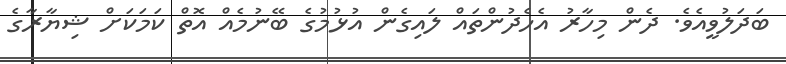
ބަދަލުވީއެވެ. ދެން މިހާރު އެހެދުންތައް ލައިގެން އުޅުމުގެ ބޭނުމެއް އޮތް ކަމަކަށް ޝިޔާރާގެ